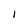
Character: l